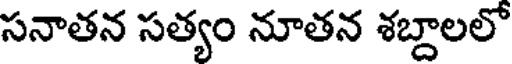
సనాతన సత్యం నూతన శబ్దాలలో